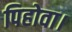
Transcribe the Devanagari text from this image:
पिहोवा।